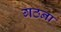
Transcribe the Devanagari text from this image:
गठना